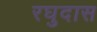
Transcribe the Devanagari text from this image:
रघुदास